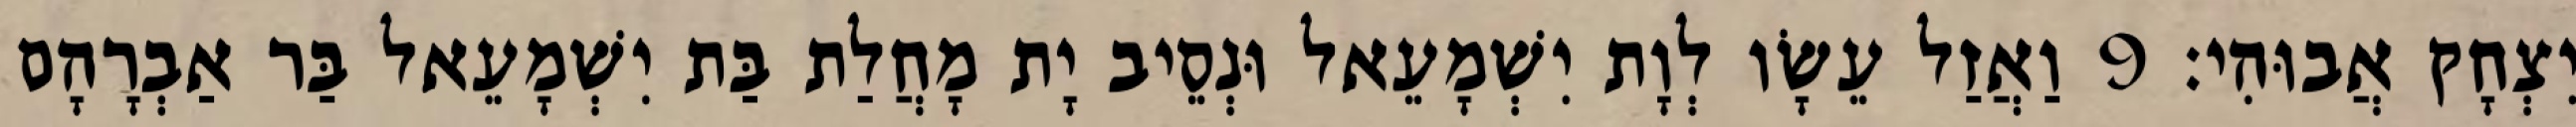
יִצְחָק אֲבוּהִי׃ 9 וַאֲזַל עֵשָׂו לְוָת יִשְׁמָעֵאל וּנְסֵיב יָת מָחֲלַת בַּת יִשְׁמָעֵאל בַּר אַבְרָהָם